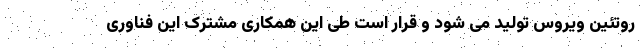
روتئین ویروس تولید می شود و قرار است طی این همکاری مشترک این فناوری